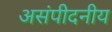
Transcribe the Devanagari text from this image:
असंपीदनीय